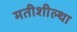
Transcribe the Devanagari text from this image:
मतीशील्था